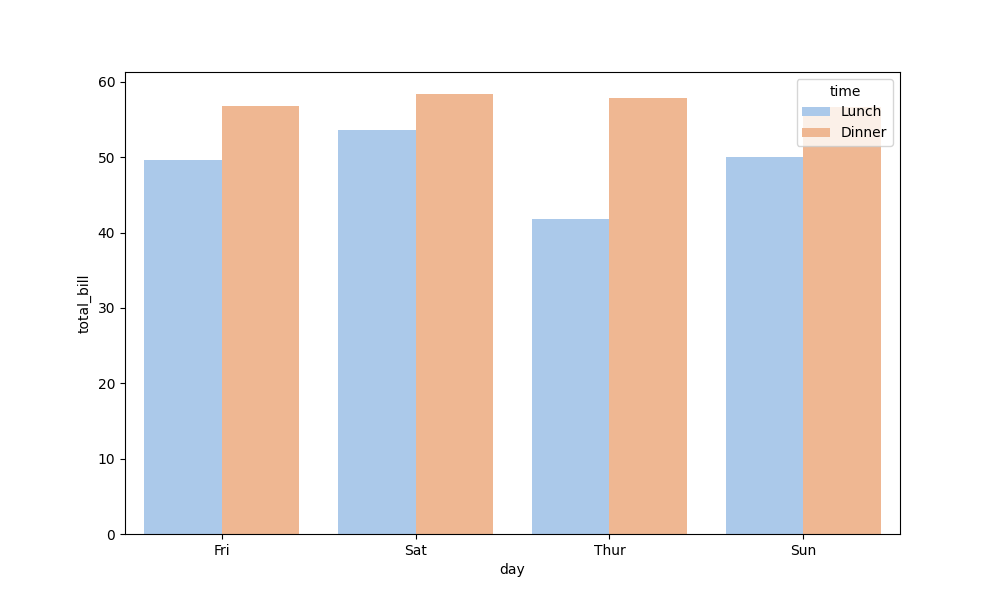
python, seaborn, barplot, hue='time', palette='pastel', ci=None, orient='v'